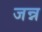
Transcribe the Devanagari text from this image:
जन्न